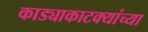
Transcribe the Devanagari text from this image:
काड्याकाटक्यांच्या